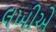
લખીએ